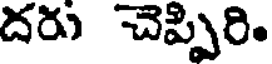
దరు చెప్పిరి.